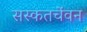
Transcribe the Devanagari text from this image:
सस्कतचेंवन